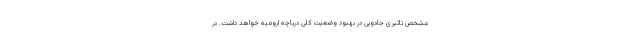
مشخص تاثیری جادویی در بهبود وضعیت کلی دریاچه ارومیه خواهد داشت. در